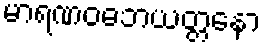
မာရဏဝဓဘယတ္တနော